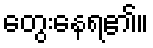
တွေးနေရ၏။